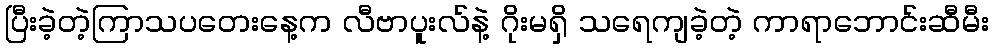
ပြီးခဲ့တဲ့ကြာသပတေးနေ့က လီဗာပူးလ်နဲ့ ဂိုးမရှိ သရေကျခဲ့တဲ့ ကာရာဘောင်းဆီမီး